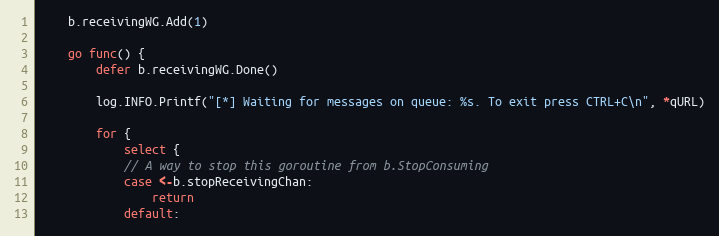
Language: Go
	b.receivingWG.Add(1)

	go func() {
		defer b.receivingWG.Done()

		log.INFO.Printf("[*] Waiting for messages on queue: %s. To exit press CTRL+C\n", *qURL)

		for {
			select {
			// A way to stop this goroutine from b.StopConsuming
			case <-b.stopReceivingChan:
				return
			default: